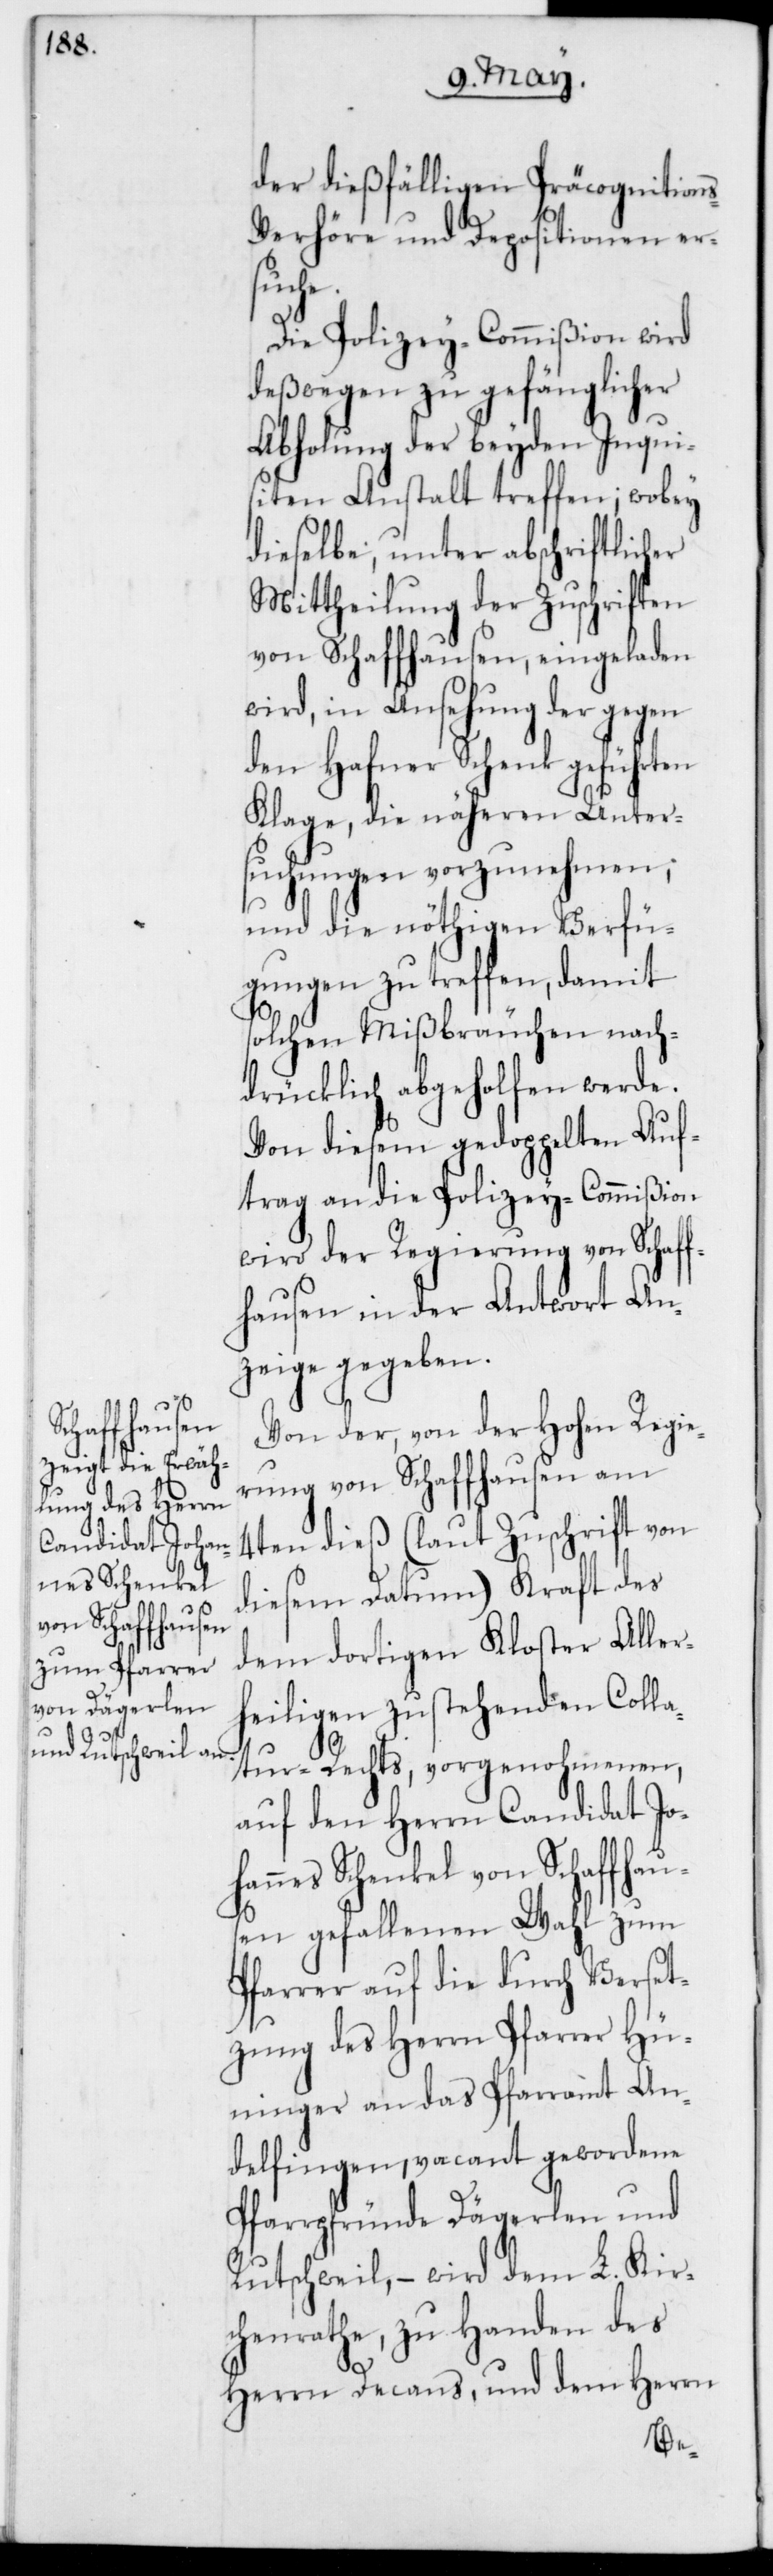
chaff¬
ung der gegen

der dießfälligen Präcognition¬
s-Verhöre und Depositionen er¬
nach¬
an
die Polizey-Comm¬
deßwegen zu
Inq¬
Abholung der
pe¬
lten Auftrag
licher
dieselbe, un¬
Mittheilung
von Schaffhausen, e¬
wird, in Anseh¬
der
den Hafner
Klage, die näher¬
suchungen vorzun¬
und die nöthi¬
ißion
gungen zu treffen,
solchen Mißbräuch¬
drücklich abgehol¬
Von diesem gedop¬
wird der Regierung von S¬
hausen in der Antwort An¬
zeige gegeben.
Von der, von der Hohen Regie¬
rung von Schaffhausen am
4ten dieß (laut Zuschrift von
diesem Datum) Kraft des
dem dortigen Kloster Aller¬
heiligen zustehenden Colla¬
tur-Rechts, vorgenohmenen,
auf den Herrn Candidat Joh¬
annes Schenkel von Schaffhau¬
sen gefallenen Wahl zum
Pfarrer auf die durch Verset¬
zung des Herrn Pfarrer Hü¬
ninger an das Pfarramt An¬
delfingen, vacant gewordene
Pfarrpfründe Dägerlen und
Rutschweil, – wird dem L. Kir¬
chenrathe, zu Handen des
Herrn Decans, und dem Herrn